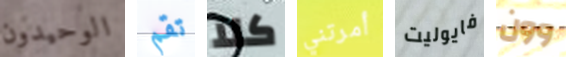
الوحيدون تقم كلا أمرتني فايوليت وون